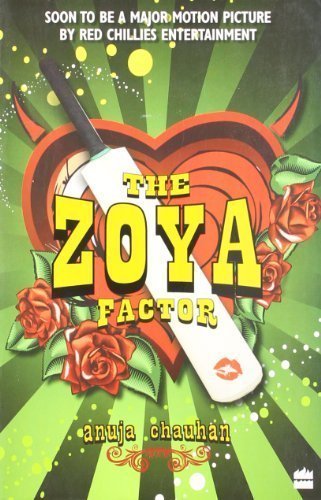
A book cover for The Zoya Factor 1st (first) Edition by Anuja Chauhan [2008]; Sports & Outdoors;